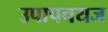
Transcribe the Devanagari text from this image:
उपापचयज